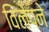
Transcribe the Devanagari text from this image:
विलेपने